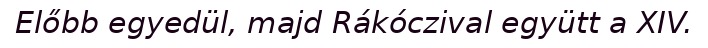
Előbb egyedül, majd Rákóczival együtt a XIV.